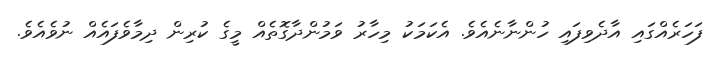
ފަހަރެއްގައި އާދެވިފައި ހުންނާނެއެވެ. އެކަމަކު މިހާރު ވަމުންދާގޮތެއް މީގެ ކުރިން ދިމާވެފައެއް ނުވެއެވެ.